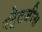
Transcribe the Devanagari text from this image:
स्ट्रैटजीस